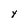
Character: Y